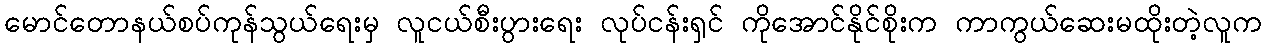
မောင်တောနယ်စပ်ကုန်သွယ်ရေးမှ လူငယ်စီးပွားရေး လုပ်ငန်းရှင် ကိုအောင်နိုင်စိုးက ကာကွယ်ဆေးမထိုးတဲ့လူက